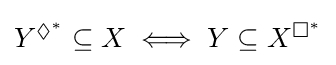
{\textstyle Y^{\Diamond ^{\ast }}\subseteq X\iff Y\subseteq X^{\Box ^{\ast }}}